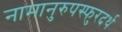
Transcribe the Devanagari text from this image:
नामानुरुपस्फुरदर्थ